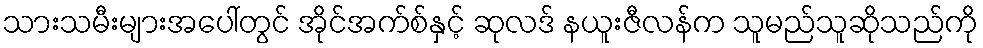
သားသမီးများအပေါ်တွင် အိုင်အက်စ်နှင့် ဆုလဒ် နယူးဇီလန်က သူမည်သူဆိုသည်ကို